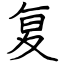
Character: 复